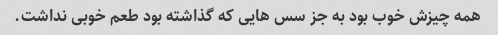
همه چیزش خوب بود به جز سس هایی که گذاشته بود طعم خوبی نداشت.